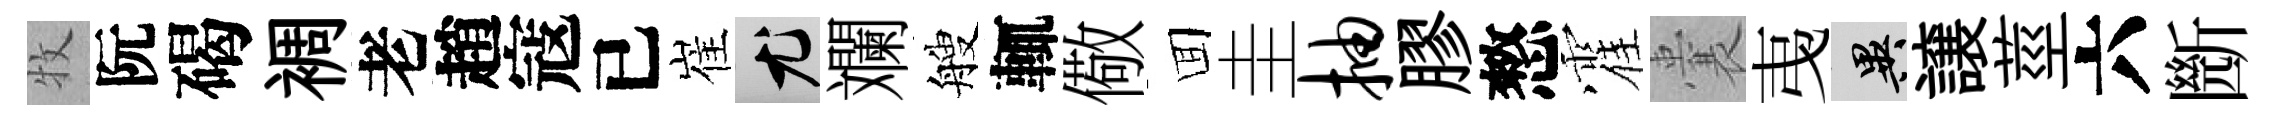
牧阮碣裯老趙寇已崔尤斕艘輒儆囬圭抽膠憗霍囊𢎯异譲莖六㫁